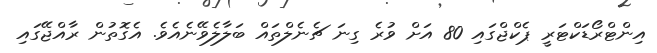
އިންޓްރޯޑަކްޓަރީ ޕެކްޖްގައި 80 އަށް ވުރެ ގިނަ ޗެނެލްތައް ބަލާލެވޭނެއެވެ. އެގޮތުން ރާއްޖޭގައި